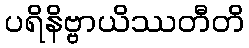
ပရိနိဗ္ဗာယိဿတီတိ